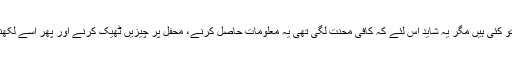
ویسے تو کئی ہیں مگر یہ شاید اس لئے کہ کافی محنت لگی تھی یہ معلومات حاصل کرنے، محفل پر چیزیں ٹھیک کرنے اور پھر اسے لکھنے میں۔